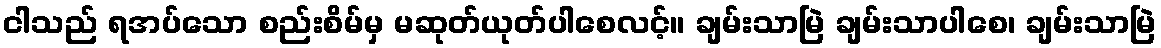
ငါသည် ရအပ်သော စည်းစိမ်မှ မဆုတ်ယုတ်ပါစေလင့်။ ချမ်းသာမြဲ ချမ်းသာပါစေ၊ ချမ်းသာမြဲ